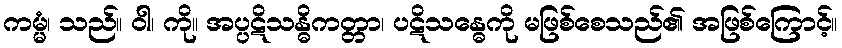
ကမ္မံ၊ သည်။ ဝါ၊ ကို။ အပ္ပဋိသန္ဓိကတ္တာ၊ ပဋိသန္ဓေကို မဖြစ်စေသည်၏ အဖြစ်ကြောင့်။